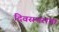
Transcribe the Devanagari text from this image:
दिवसभराचा